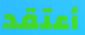
أعتقد